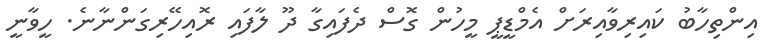
އިންތިހާބު ކައިރިވާއިރަށް އެމްޑީޕީ މީހުން ގޮސް ދެފައިގާ ދޫ ލާފައި ރޮއިހޭރިގަންނާނެ. ހީވާނީ